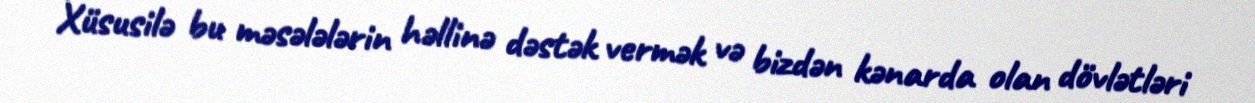
Xüsusilə bu məsələlərin həllinə dəstək vermək və bizdən kənarda olan dövlətləri